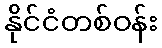
နိုင်ငံတစ်ဝန်း